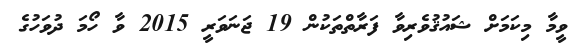
ވީމާ މިކަމަށް ޝައުޤުވެރިވާ ފަރާތްތަކުން 19 ޖަނަވަރީ 2015 ވާ ހޯމަ ދުވަހުގެ